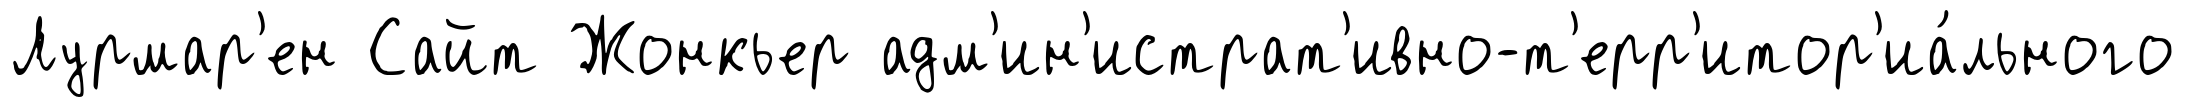
Лурмар'ен Сайт Жонкьер адм'ин'истрат'ивно-т'ерр'итор'иа́льного